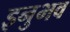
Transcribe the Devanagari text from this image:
इनुभव